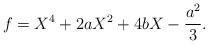
LaTeX: \begin{align*} f = X^4 + 2aX^2 + 4bX - \frac{a^2}{3}.\end{align*}